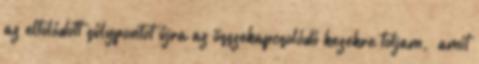
az eltolódott súlypontot újra az összekapcsolódó kezekre toljam, „amit